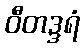
ဝီတဒ္ဒရံ